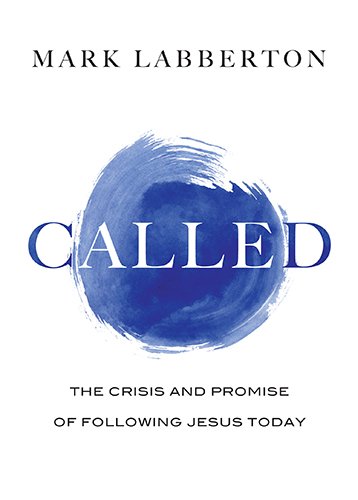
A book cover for Called: The Crisis and Promise of Following Jesus Today; Mark Labberton; Christian Books & Bibles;